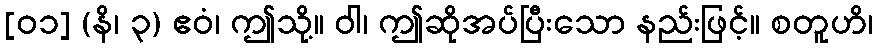
[၀၁] (နိ၊ ၃) ဧဝံ၊ ဤသို့။ ဝါ၊ ဤဆိုအပ်ပြီးသော နည်းဖြင့်။ စတူဟိ၊